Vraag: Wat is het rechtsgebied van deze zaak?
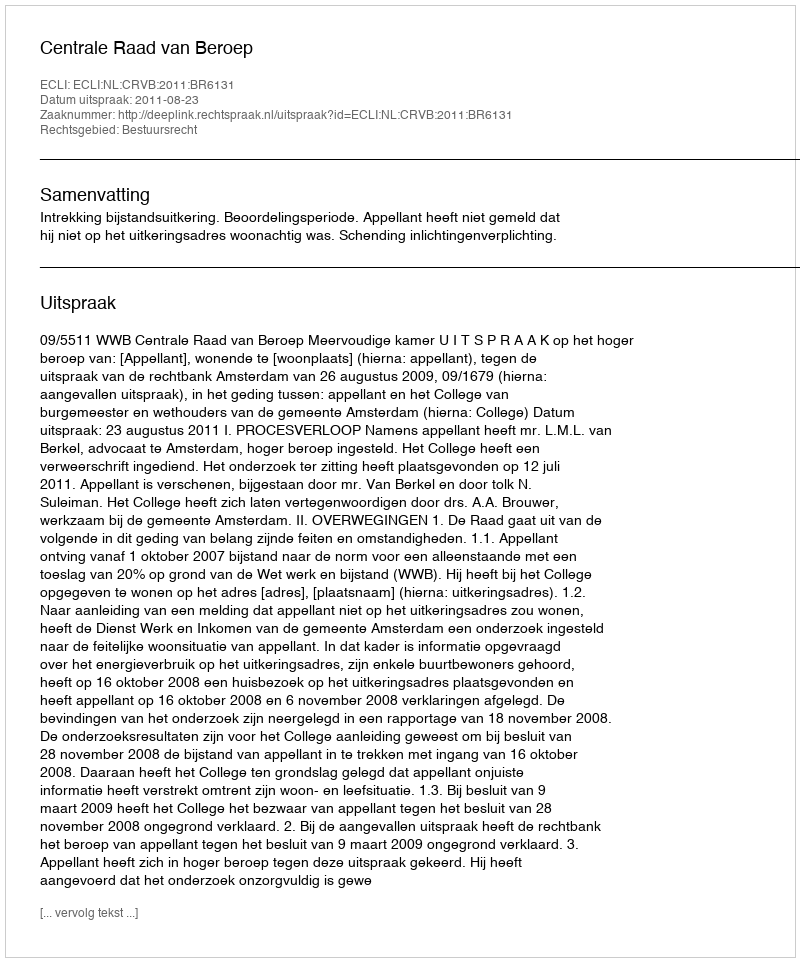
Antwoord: Bestuursrecht